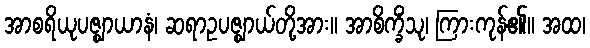
အာစရိယုပဇ္ဈာယာနံ၊ ဆရာဥပဇ္ဈာယ်တို့အား။ အာစိက္ခိံသု၊ ကြားကုန်၏။ အထ၊